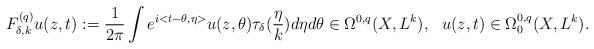
LaTeX: \begin{align*}F^{(q)}_{\delta,k}u(z,t):=\frac{1}{2\pi}\int e^{i<t-\theta,\eta>}u(z,\theta)\tau_\delta(\frac{\eta}{k})d\eta d\theta\in\Omega^{0,q}(X,L^k),\ \ u(z,t)\in\Omega^{0,q}_0(X,L^k).\end{align*}